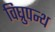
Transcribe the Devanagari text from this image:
विघ्रुपन्थ